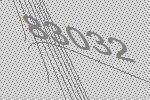
83032